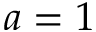
a = 1